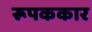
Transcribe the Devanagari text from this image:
रूपककार